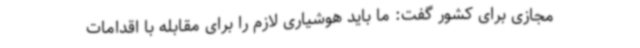
مجازی برای کشور گفت: ما باید هوشیاری لازم را برای مقابله با اقدامات